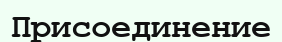
Присоединение